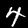
Digit: 4